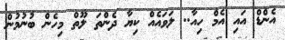
އެންޑް އައި އެމް ހިއާ.. ލަވައެއް ކިޔާ ދެންތަ ލޫތް މިހެން ބުނުމުން